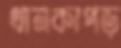
থানকাপড়